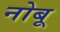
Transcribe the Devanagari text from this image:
नोबू